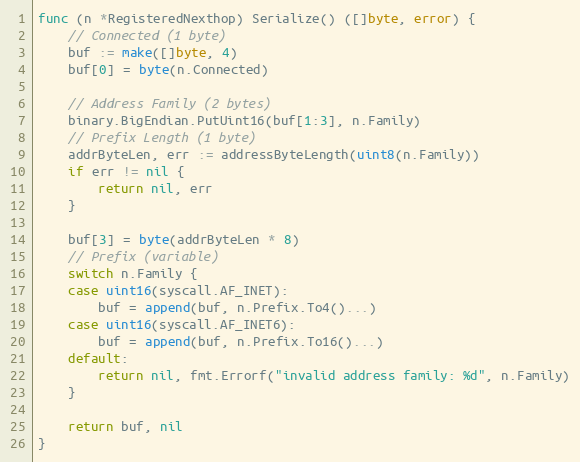
Language: Go
func (n *RegisteredNexthop) Serialize() ([]byte, error) {
	// Connected (1 byte)
	buf := make([]byte, 4)
	buf[0] = byte(n.Connected)

	// Address Family (2 bytes)
	binary.BigEndian.PutUint16(buf[1:3], n.Family)
	// Prefix Length (1 byte)
	addrByteLen, err := addressByteLength(uint8(n.Family))
	if err != nil {
		return nil, err
	}

	buf[3] = byte(addrByteLen * 8)
	// Prefix (variable)
	switch n.Family {
	case uint16(syscall.AF_INET):
		buf = append(buf, n.Prefix.To4()...)
	case uint16(syscall.AF_INET6):
		buf = append(buf, n.Prefix.To16()...)
	default:
		return nil, fmt.Errorf("invalid address family: %d", n.Family)
	}

	return buf, nil
}